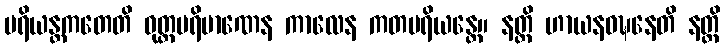
ပရိယန္တကတေတိ ဝုတ္တပရိမာဏေန ကာလေန ကတပရိယန္တေ။ နတ္ထိ ဟာယနဝဍ္ဎနေတိ နတ္ထိ